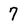
Character: 7